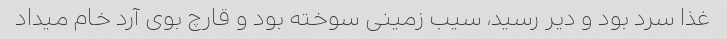
غذا سرد بود و دیر رسید، سیب زمینی سوخته بود و قارچ بوی آرد خام میداد